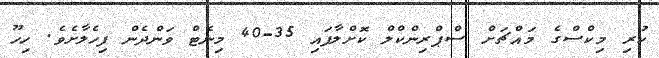
ކުރި މިކްސްގެ މައްޗަށް ސްޕްރިންކްލް ކޮށްލާފައި 35-40 މިނެޓް ވަންދެން ފިހެލާށެވެ. ހިހޫ